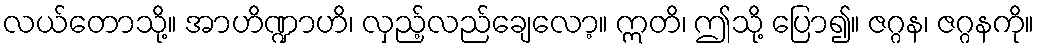
လယ်တောသို့။ အာဟိဏ္ဍာဟိ၊ လှည့်လည်ချေလော့။ ဣတိ၊ ဤသို့ ပြော၍။ ဇဂ္ဂန၊ ဇဂ္ဂနကို။